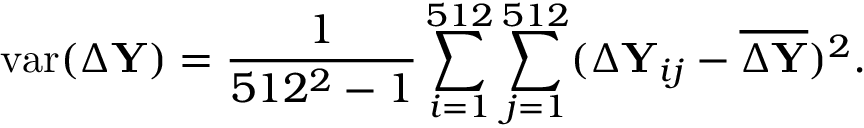
\mathrm { v a r } ( \Delta \mathbf Y ) = \frac { 1 } { 5 1 2 ^ { 2 } - 1 } \sum _ { i = 1 } ^ { 5 1 2 } \sum _ { j = 1 } ^ { 5 1 2 } ( \Delta \mathbf Y _ { i j } - \overline { { \Delta \mathbf Y } } ) ^ { 2 } .